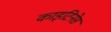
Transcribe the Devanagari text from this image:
काइटिनेस